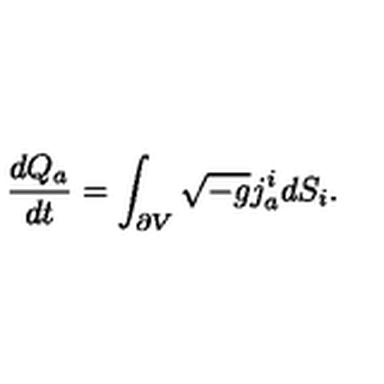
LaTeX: { \frac { d Q _ { a } } { d t } } = \int _ { \partial V } \sqrt { - g } j _ { a } ^ { i } d S _ { i } .